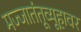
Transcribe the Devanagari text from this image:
मज्जातंतूव्यूहावर